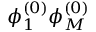
\phi _ { 1 } ^ { ( 0 ) } \phi _ { M } ^ { ( 0 ) }